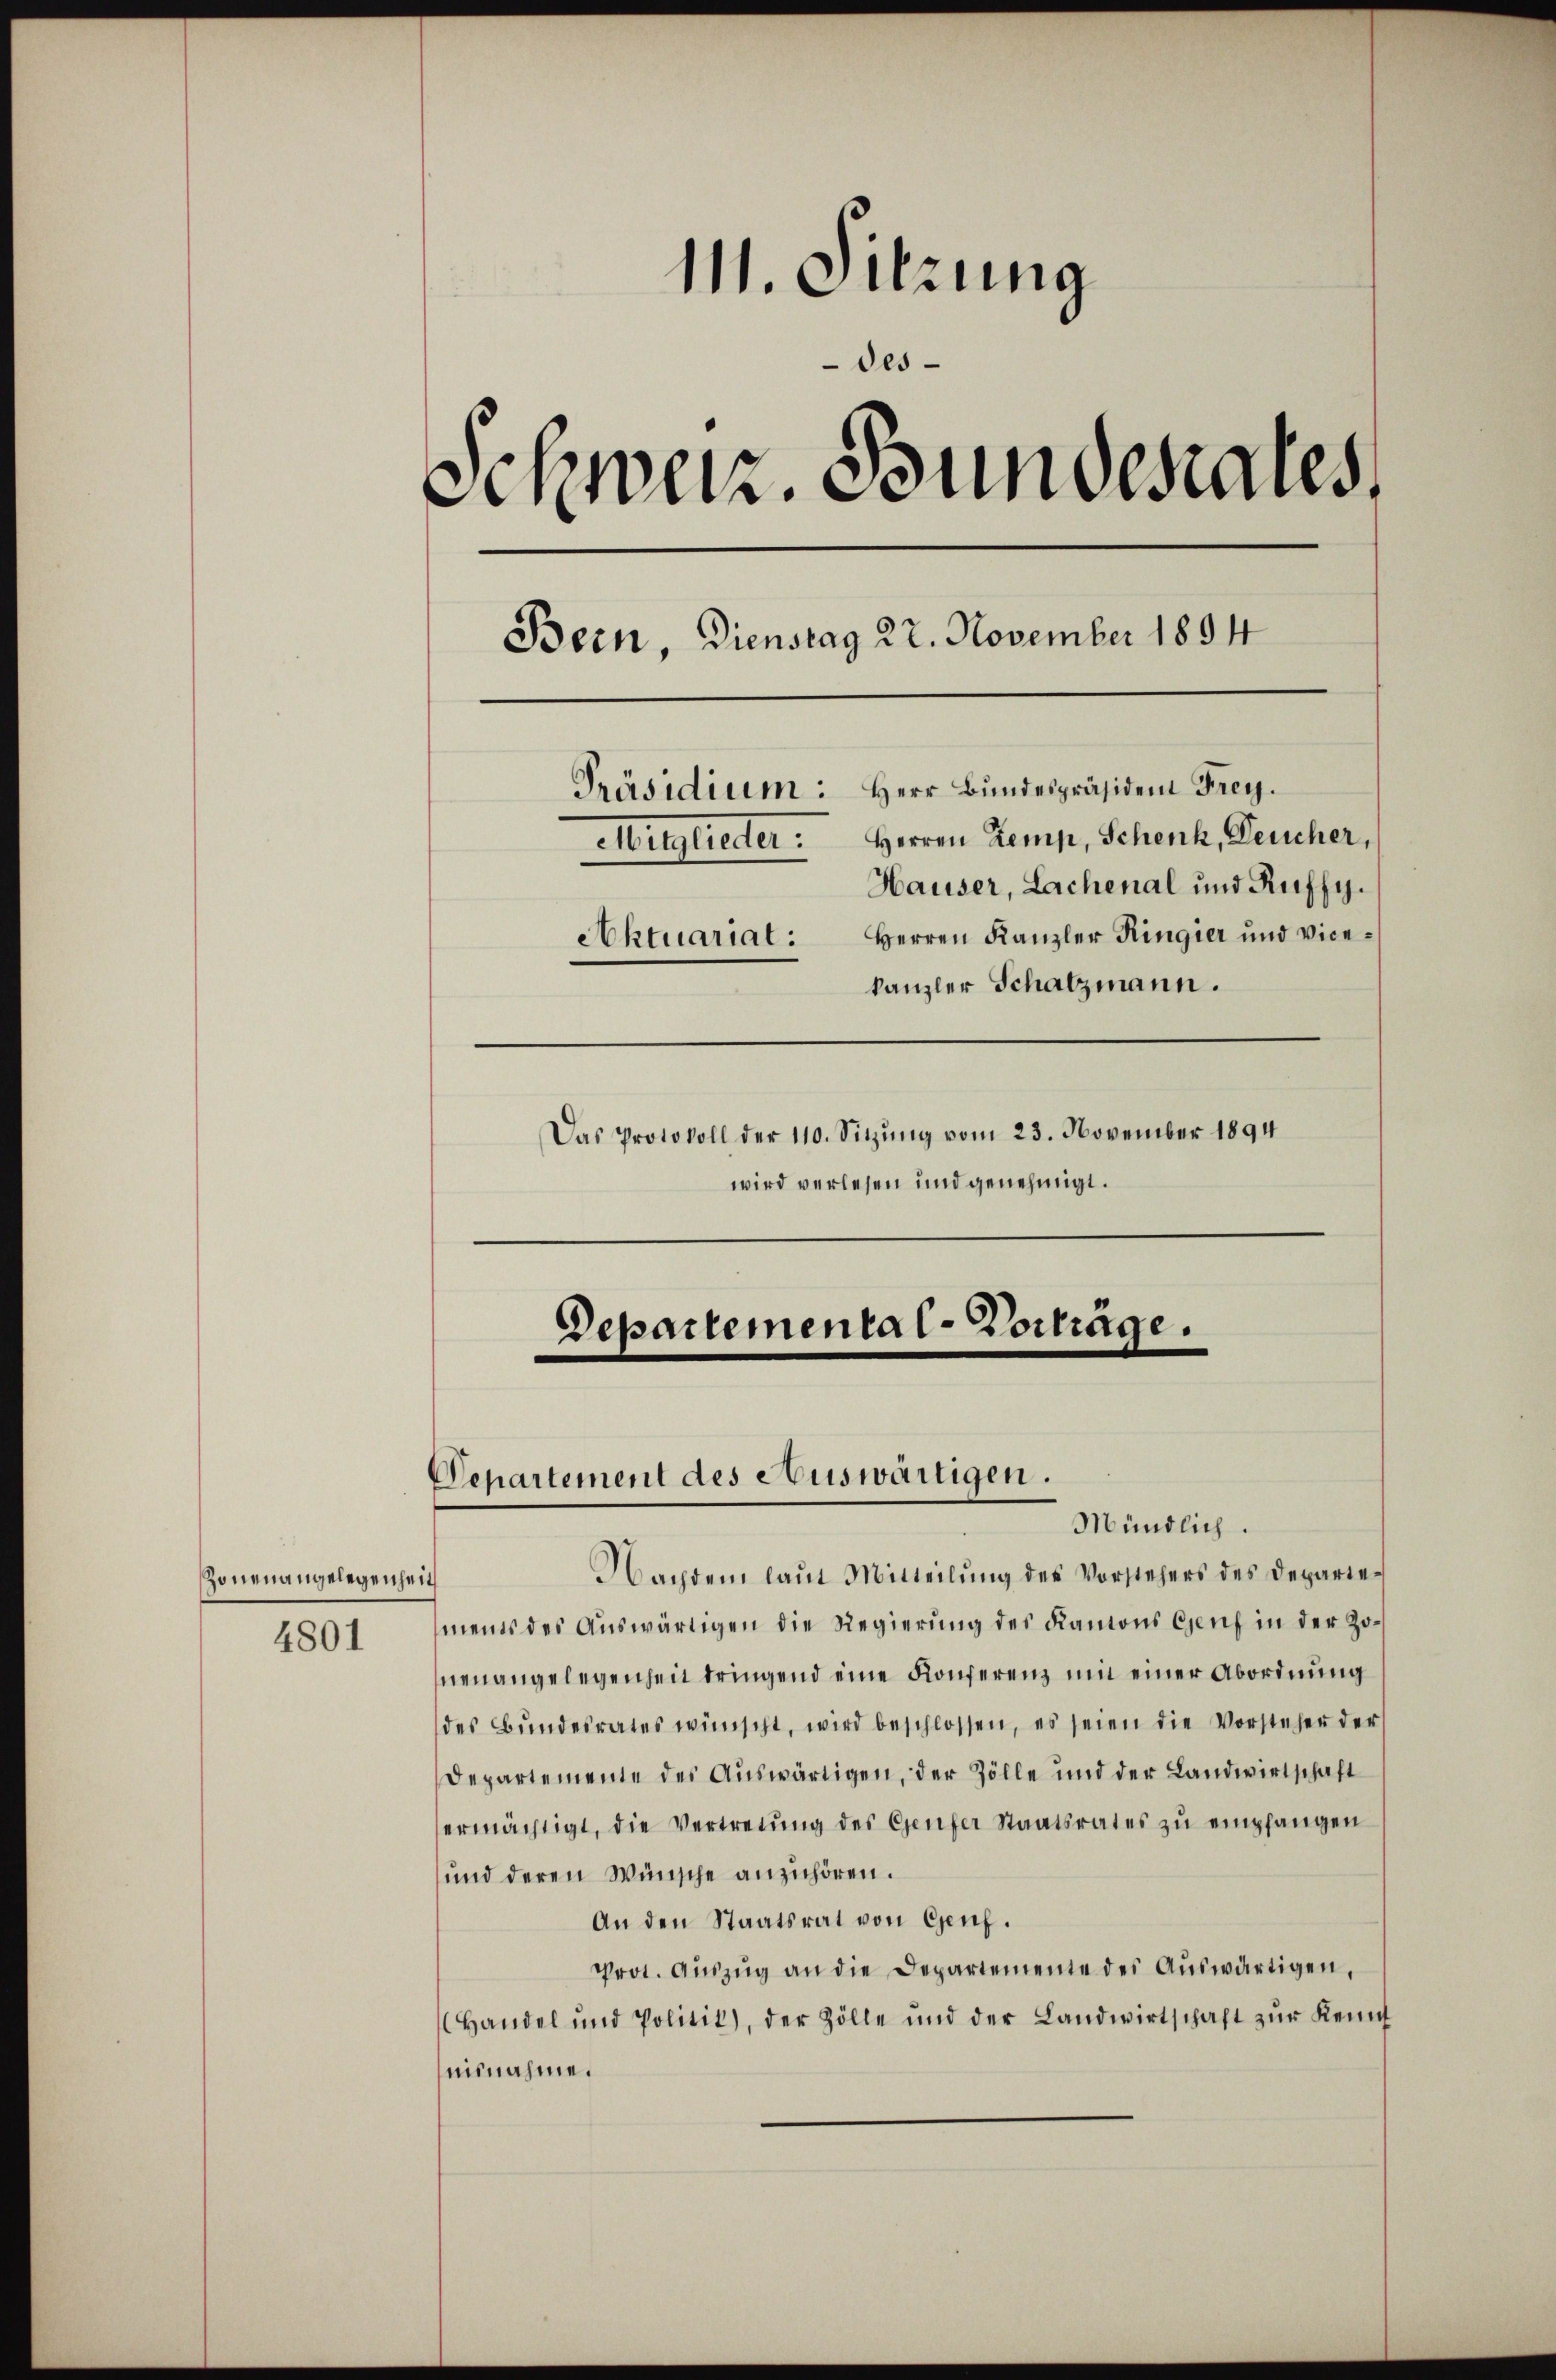
Zonen angelegenheit

4801

111. Sitzung
des
Schweiz. Bundesrates,
Bern, Dienstag 22. November 1894
Präsidium: Herr Bundespräsident Frey.
Mitglieder: Herren Remp, Schenk, Deucher,
Hauser, Lachenal und Ruffy.
Aktuariat: Herren Kanzler Ringier und Vice-
kanzler Schatzmann.
Das Protokoll der 110. Sitzung vom 23. November 1894

wird verlesen und genehmigt.

Departemental-Vorträge.

Departement des Auswärtigen.

Mündlich.
Nachdem laŭt Mitteilŭng des Vorstehers des Departements des Auswärtigen die Regierung des Kantons Genf in der Zoneuangelegenheit dringend eine Konferenz mit einer Abordnung
des Bŭndesrates wünscht, wird beschlossen, es seien die Vorsteher der
Departemente des Auswärtigen, der Zölle und der Landwirtschaft
ermächtigt, die Vertretŭng des Genfer Staatsrates zŭ empfangen
und deren Wünsche anzuhören.
An den Staatsrat von Genf.
Prot. Aŭszŭg an die Departemente des Aŭswärtigen,
Handel und Politik), der Zölle und der Landwirtschaft zŭr Kennt
eisnahme.